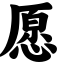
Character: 愿